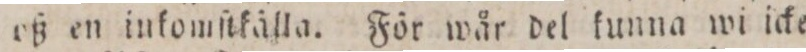
rß en iukomſtkälla. För Wår del kunna wi icke